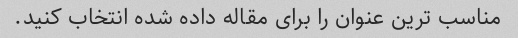
مناسب ترین عنوان را برای مقاله داده شده انتخاب کنید.